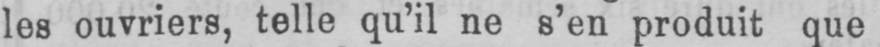
les ouvriers, telle qu’il ne s’en produit que